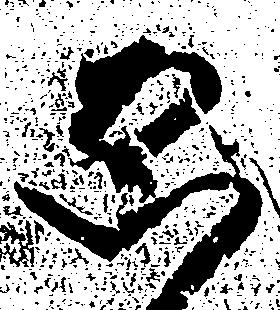
ゑ